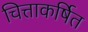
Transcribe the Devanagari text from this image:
चित्ताकर्षित